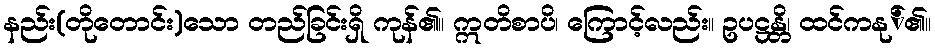
နည်း(တိုတောင်း)သော တည်ခြင်းရှိ ကုန်၏။ ဣတိစာပိ၊ ကြောင့်လည်း။ ဥပဋ္ဌန္တိ၊ ထင်ကနု်၏။